Vaccination in Bombay 1889-1901 - 1889-1901
Year: 1889
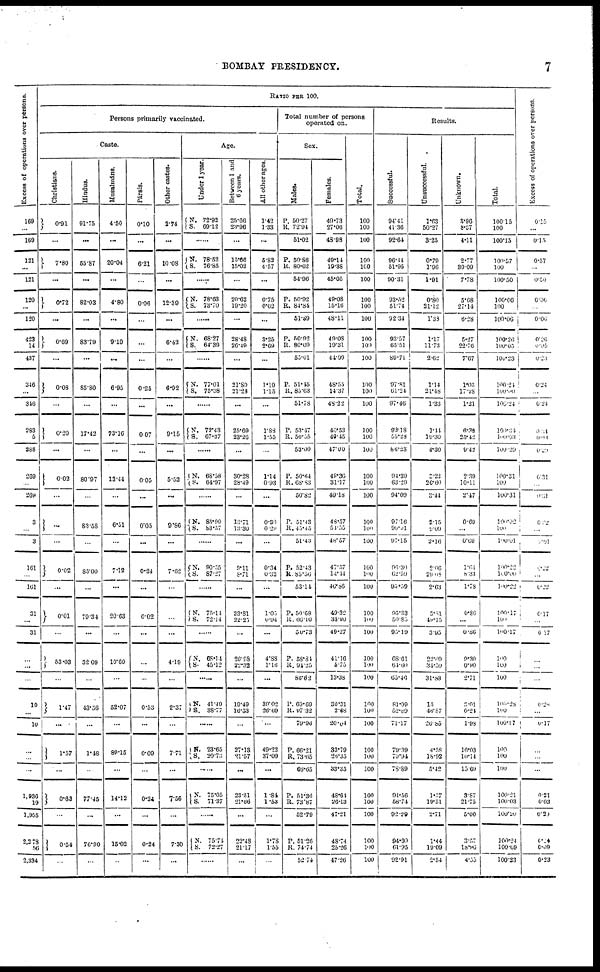
7
BOMBAY PRESIDENCY.
Excess of operations over persons.
169
...
169
121
...
121
120
...
120
423
14
437
346
...
346
283
5
288
269
...
269
3
...
3
161
...
161
31
...
31
...
...
...
10
...
10
...
...
...
1,936
19
1,955
2,278
56
2,334
RATIO PER 100.
Persons primarily vaccinated.
Caste.
Christians.
0.91
...
7.80
...
0.72
...
0.69
...
0.08
...
0.20
...
0.02
...
...
...
0.02
...
0.01
...
53.03
...
1.47
...
1.57
...
0.63
...
0.54
...
Hindus.
91.75
...
55.87
...
82.03
...
83.79
...
85.80
...
17.42
...
80.97
...
83.58
...
85.00
...
79.34
...
32.09
...
43.56
...
1.48
...
77.45
...
76.90
...
Musalmáns.
4.50
...
20.04
...
4.80
...
9.10
...
6.95
...
73.16
...
13.44
...
6.51
...
7.12
...
20.63
...
10.69
...
52.07
...
89.15
...
14.12
...
15.02
...
Pársis.
0.10
...
6.21
...
0.06
...
...
...
0.25
...
0.07
...
0.05
...
0.05
...
0.24
...
0.02
...
...
...
0.53
...
0.09
...
0.24
...
0.24
...
Other castes.
2.74
...
10.08
...
12.39
...
6.42
...
6.92
...
9.15
...
5.53
...
9.86
...
7.62
...
...
...
4.19
...
2.37
...
7.71
...
7.56
...
7.30
...
Age.
Under 1 year.
N.
S.
72.93
69.12
...
N.
S.
78.52
76.85
......
N.
S.
78.63
73.70
N.
S.
68.27
64.39
......
N.
S.
77.01
75.38
......
N.
S.
72.43
67.37
......
N.
S.
68.58
64.97
......
N.
S.
85.99
83.57
......
N.
S.
90.55
87.27
......
N.
S.
75.14
72.14
......
N.
S.
68.14
45.12
N.
S.
41.49
38.77
......
N.
S.
23.65
20.73
......
N.
S.
75.05
71.37
......
N.
S.
75.74
72.27
......
Between 1 and
6 years.
25.66
23.96
...
15.66
15.02
...
20.62
19.20
...
28.48
26.49
...
21.80
21.23
...
25.69
23.26
...
30.28
28.49
...
13.71
13.30
...
9.11
8.71
...
23.81
22.25
...
26.98
22.32
...
19.49
16.53
...
27.13
21.57
...
23.51
21.66
...
22.48
21.17
...
All other ages.
1.42
1.33
...
5.82
4.57
...
0.75
0.62
...
3.25
2.69
...
1.19
1.15
...
1.88
1.55
...
1.14
0.93
...
0.39
0.29
...
0.34
0.32
...
1.05
0.94
...
4.88
1.16
...
39.02
26.69
...
49.22
37.09
...
1.84
1.53
...
1.78
1.55
...
Total number of persons
operated on.
Sex.
Males.
P.
R.
50.27
72.94
51.02
P.
R.
50.86
80.62
54.96
P.
R.
50.92
84.84
51.89
P.
R.
50.92
80.69
55.01
P.
R.
51.15
85.63
51.78
P.
R.
53.47
50.55
53.00
P.
R
50.64
68.83
50.82
P.
R.
51.43
45.45
51.43
P.
R.
52.43
85.56
53.14
P.
R.
50.68
66.10
50.73
P.
R.
58.84
94.25
86.62
P.
R.
69.69
97.32
79.96
P.
R.
66.21
73.65
66.65
P.
R.
51.36
73.87
52.79
P.
R.
51.26
74.74
52.74
Females.
40.73
27.06
48.98
49.14
19.38
45.05
49.08
15.16
48.11
49.08
19.31
44.99
48.55
14.37
48.22
46.53
49.45
47.00
48.36
31.17
49.18
48.57
54.55
48.57
47.57
14.44
46.86
49.32
33.90
49.27
41.16
5.75
13.38
30.31
2.68
20.04
33.79
26.35
33.35
48.64
26.13
47.21
48.74
25.26
47.26
Total.
100
100
100
100
100
100
100
100
100
100
100
100
100
100
100
100
100
100
100
100
100
100
100
100
100
100
100
100
100
100
100
100
100
100
100
100
100
100
100
100
100
100
100
100
100
Results.
Successful.
94.41
41.36
92.64
96.44
51.95
90.31
93.52
51.74
92.34
93.57
65.51
89.71
97.81
61.24
97.46
92.18
55.28
86.23
94.39
63.29
94.00
97.16
90.01
97.15
96.30
62.59
95.59
95.33
50.85
95.19
68.61
64.60
65.46
81.99
52.89
71.17
79.39
70.94
78.89
94.56
58.74
92.29
94.90
61.95
92.91
Unsuccessful.
1.63
50.27
3.25
0.79
1.96
1.91
0.80
21.12
1.33
1.17
11.73
2.62
1.14
21.48
1.33
1.44
19.30
4.30
3.22
26.60
3.44
2.15
9.09
2.16
2.06
29.06
2.63
3.81
49.15
3.95
22.09
34.50
31.88
15
46.87
20.86
4.58
18.92
5.42
1.57
19.51
2.71
1.44
19.09
2.54
Unknown.
3.96
8.37
4.11
2.77
39.09
7.78
5.68
27.14
6.28
5.27
22.76
7.67
1.05
17.28
1.21
6.38
25.42
9.42
2.39
10.11
2.47
0.69
...
0.69
1.64
8.33
1.78
0.86
...
0.86
9.30
0.90
2.71
3.01
0.24
1.98
16.03
10.14
15.69
3.87
21.75
5.00
3.57
18.96
4.55
Total.
100.15
100
100.15
100.57
100
100.50
100.06
100
100.00
100.26
100.05
100.23
100.24
100.00
100.24
100.34
100.03
100.29
100.31
100
100.31
100.02
100
100.01
100.22
100.00
100.22
100.17
100
100.17
100
100
100
100.28
100
100.17
100
100
100
100.21
100.03
100.20
100.24
100.69
100.23
Excess of operations over persons.
0.15
...
0.15
0.57
...
0.50
0.06
...
0.06
0.26
0.05
0.23
0.24
...
0.24
0.34
0.08
0.29
0.31
...
0.31
0.22
...
0.01
0.22
...
0.22
0.17
...
0.17
...
...
...
0.28
...
0.17
...
...
...
0.21
0.03
0.20
0.24
0.09
0.23